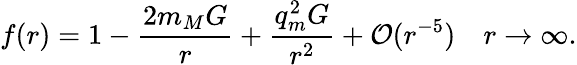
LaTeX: f(r)=1-\frac{2m_{M}G}{r}+\frac{q_{m}^{2}G}{r^{2}}+{\cal O}(r^{-5})~~~~r\rightarrow\infty.